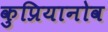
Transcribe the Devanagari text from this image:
कुप्रियानोव